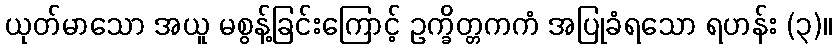
ယုတ်မာသော အယူ မစွန့်ခြင်းကြောင့် ဥက္ခိတ္တကကံ အပြုခံရသော ရဟန်း (၃)။